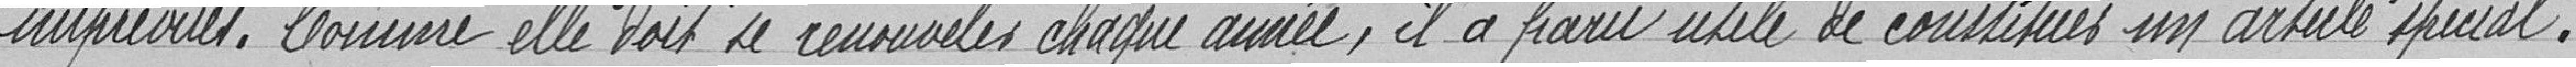
imprévues. comme elle doit se renouveler chaque année, il a paru utile de constituer un article spécial.